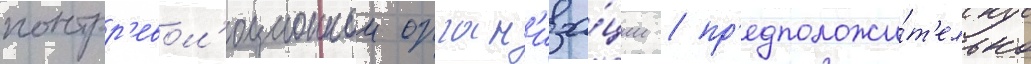
контрр'евол'юционнои орган'иза́ции / пр'едположи́т'ельно